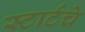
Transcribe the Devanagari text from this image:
स्टार्टचे